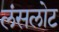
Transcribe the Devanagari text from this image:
लंसलोट